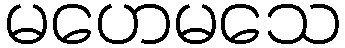
မဟေမသေ